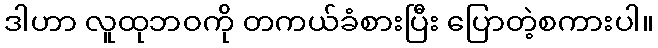
ဒါဟာ လူထုဘဝကို တကယ်ခံစားပြီး ပြောတဲ့စကားပါ။